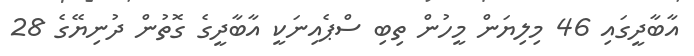
އާބާދީީގައި 46 މިލިޔަން މީހުން ތިބި ސްޕެއިނަކީ އާބާދީގެ ގޮތުން ދުނިޔޭގެ 28